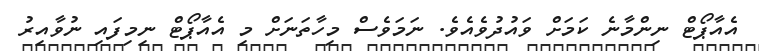
އެއާޕޯޓް ނިންމާނެ ކަމަށް ވައުދުވެއެވެ. ނަމަވެސް މިހާތަނަށް މި އެއާޕޯޓް ނިމިފައި ނުވާއިރު